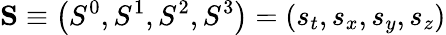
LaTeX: \mathbf{S}\equiv\left(S^{0},S^{1},S^{2},S^{3}\right)=(s_{t},s_{x},s_{y},s_{z})